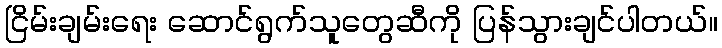
ငြိမ်းချမ်းရေး ဆောင်ရွက်သူတွေဆီကို ပြန်သွားချင်ပါတယ်။